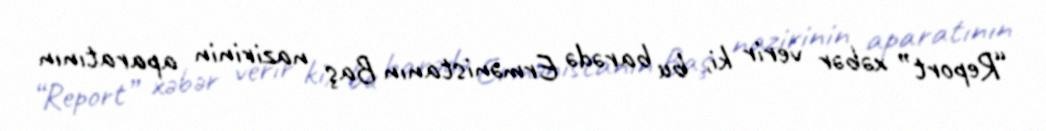
“Report” xəbər verir ki, bu barədə Ermənistanın Baş nazirinin aparatının